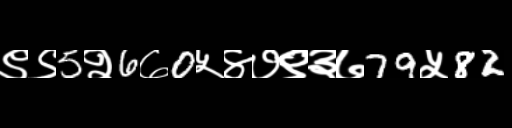
Text: ९९5२6७0५४७९३७79५82